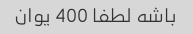
باشه لطفا 400 یوان